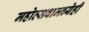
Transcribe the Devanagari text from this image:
महोत्सवामध्येही